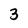
Character: 3